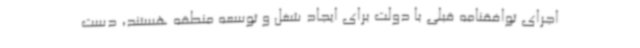
اجرای توافقنامه قبلی با دولت برای ایجاد شغل و توسعه منطقه هستند، دست